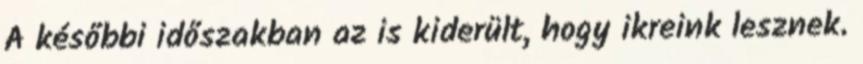
A későbbi időszakban az is kiderült, hogy ikreink lesznek.